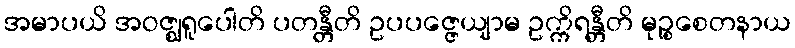
အမာပယိ အဝဇ္ဈရူပေါတိ ပတန္တီတိ ဥပပဇ္ဇေယျာမ ဥက္ကိရန္တီတိ မုဉ္စစေတနာယ